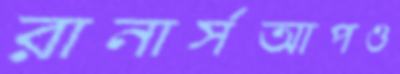
রানার্সআপও